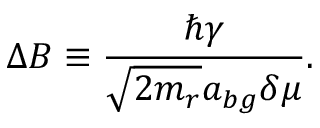
\Delta B \equiv \frac { \hbar \gamma } { \sqrt { 2 m _ { r } } a _ { b g } \delta \mu } .